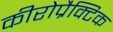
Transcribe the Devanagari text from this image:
कीरोप्रैक्टिक